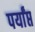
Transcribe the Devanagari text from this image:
पर्यांप्त